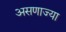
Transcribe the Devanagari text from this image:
असणाज्या